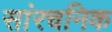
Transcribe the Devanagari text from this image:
सांरचनिक